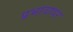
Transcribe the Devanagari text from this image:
प्रभावावर